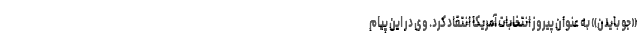
«جو بایدن» به عنوان پیروز انتخابات آمریکا انتقاد کرد. وی در این پیام